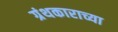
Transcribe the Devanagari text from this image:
ग्रंथकाराच्या